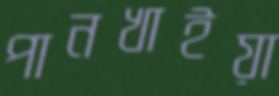
পানখাইয়া